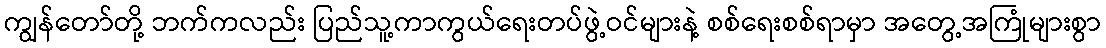
ကျွန်တော်တို့ ဘက်ကလည်း ပြည်သူ့ကာကွယ်ရေးတပ်ဖွဲ့ဝင်များနဲ့ စစ်ရေးစစ်ရာမှာ အတွေ့အကြုံများစွာ